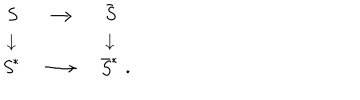
\begin{array} { c c c } { { \it S } } \\ { { \downarrow } } \\ { { { \it S } ^ { * } } } \\ \end{array} \begin{array} { c c c } { { } } & { { \longrightarrow } } & { { } } \\ { { } } & { { } } & { { } } \\ { { } } & { { \longrightarrow } } & { { } } \\ \end{array} \begin{array} { c c c } { { { \bar { \it S } } } } \\ { { \downarrow } } \\ { { { \bar { \it S } } ^ { * } } } \\ \end{array} \begin{array} { c c c } { { } } & { { } } & { { } } \\ { { } } & { { } } & { { } } \\ { { . } } \\ \end{array}